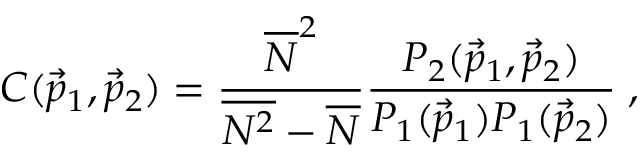
C ( { \vec { p } } _ { 1 } , { \vec { p } } _ { 2 } ) = \frac { \overline { { { N } } } ^ { 2 } } { \overline { { { N ^ { 2 } } } } - \overline { { { N } } } } \frac { P _ { 2 } ( { \vec { p } } _ { 1 } , { \vec { p } } _ { 2 } ) } { P _ { 1 } ( { \vec { p } } _ { 1 } ) P _ { 1 } ( { \vec { p } } _ { 2 } ) } \; ,